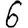
Digit: 6